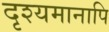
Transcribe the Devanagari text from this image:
दृश्यमानापि